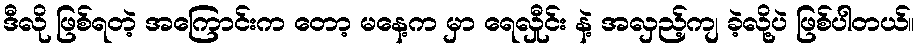
ဒီလို ဖြစ်ရတဲ့ အကြောင်းက တော့ မနေ့က မှာ ရေလှီုင်း နဲ့ အလှည့်ကျ ခဲ့လို့ပဲ ဖြစ်ပါတယ်။